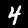
Digit: 4